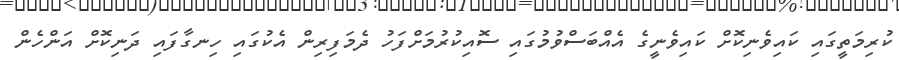
ކުރިމަތީގައި ކައިވެނިކޮށް ކައިވެނީގެ އެއްބަސްވުމުގައި ސޮއިކުރުމަށްފަހު ދެމަފިރިން އެކުގައި ހިނގާފައި ދަނިކޮށް އަންހެން